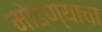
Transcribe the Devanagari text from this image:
मोडण्याचा